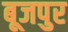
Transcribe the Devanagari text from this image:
बूजपुर